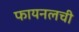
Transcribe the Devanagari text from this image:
फायनलची